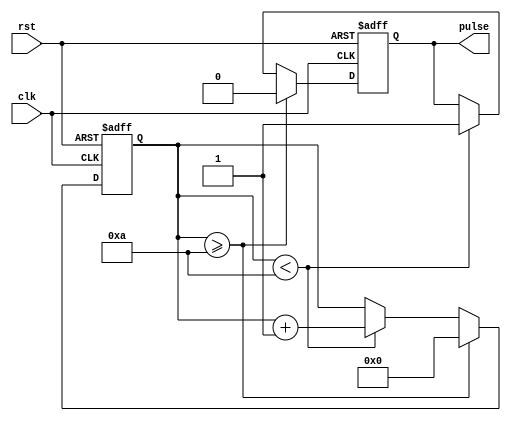
module SimplePulseGenerator (
    input wire clk,
    input wire rst,
    output reg pulse
);

parameter PULSE_WIDTH = 10;   // Pulse width in clock cycles
parameter FREQUENCY = 100;    // Frequency of pulses in Hz

reg [31:0] counter;

always @ (posedge clk or posedge rst) begin
    if (rst) begin
        counter <= 0;
        pulse <= 0;
    end else if (counter >= PULSE_WIDTH) begin
        counter <= 0;
        pulse <= 0;
    end else if (counter < PULSE_WIDTH) begin
        counter <= counter + 1;
        pulse <= 1;
    end
end

endmodule